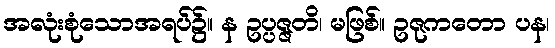
အလုံးစုံသောအရပ်၌။ န ဥပ္ပဇ္ဇတိ၊ မဖြစ်။ ဥဇုကတော ပန၊